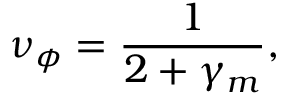
\nu _ { \phi } = \frac { 1 } { 2 + \gamma _ { m } } ,